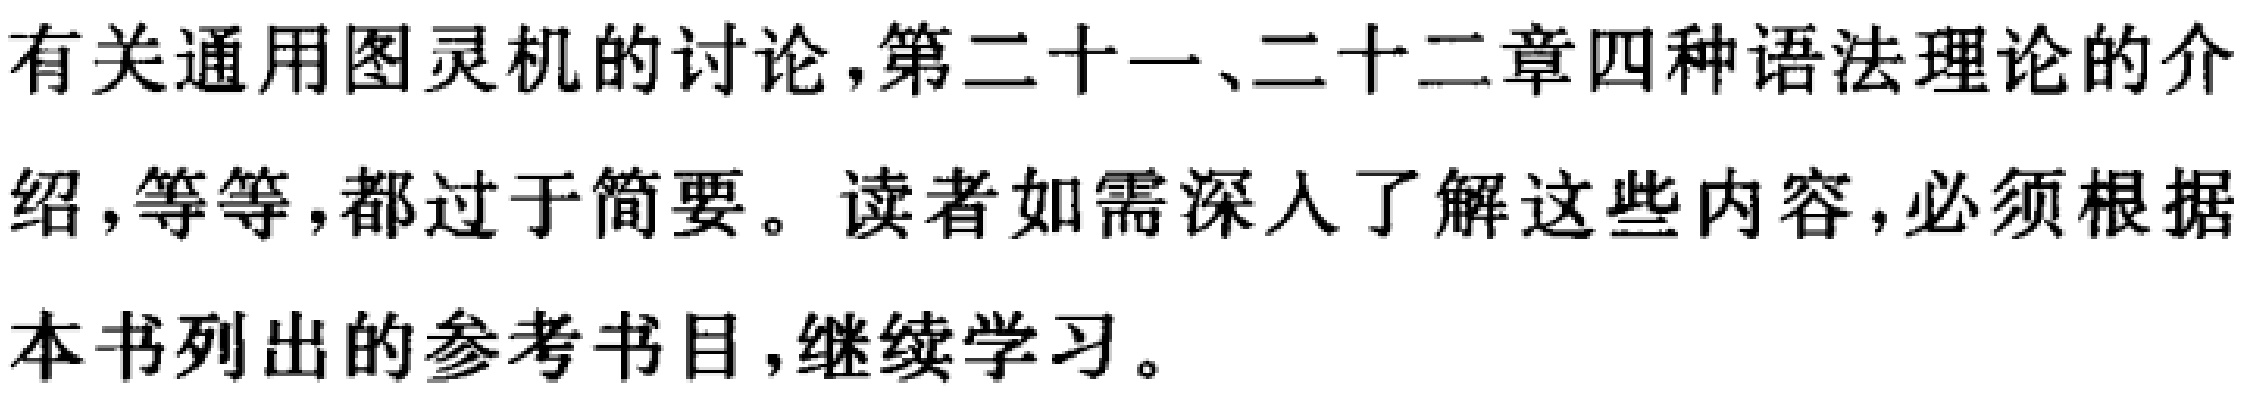
有关通用图灵机的讨论,第二十一、二十二章四种语法理论的介绍,等等,都过于简要。读者如需深入了解这些内容,必须根据本书列出的参考书目,继续学习。